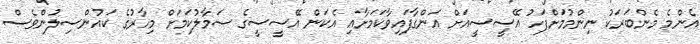
އެންމެ މެންބަރަކު ނިންމުމަށްފަހު އޭސީސީއަށް އަންގާފައިވާކަމަށާއި އެކަން އޭސީސީގެ ސަމާލުކަމަށް މިހާރުގެ ކައުންސިލުންވެސް